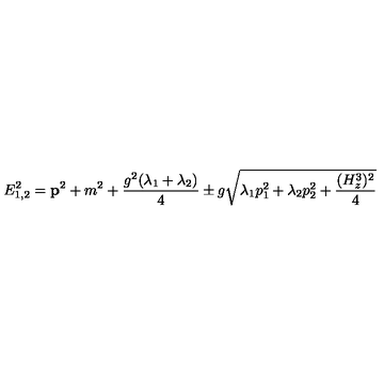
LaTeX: E _ { 1 , 2 } ^ { 2 } = { \bf p } ^ { 2 } + m ^ { 2 } + \frac { g ^ { 2 } ( \lambda _ { 1 } + \lambda _ { 2 } ) } { 4 } \pm g \sqrt { \lambda _ { 1 } p _ { 1 } ^ { 2 } + \lambda _ { 2 } p _ { 2 } ^ { 2 } + \frac { ( H _ { z } ^ { 3 } ) ^ { 2 } } { 4 } }